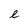
Character: e